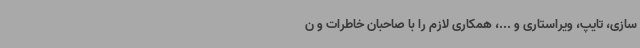
‌سازی، تایپ، ویراستاری و ...، همکاری لازم را با صاحبان خاطرات و ن